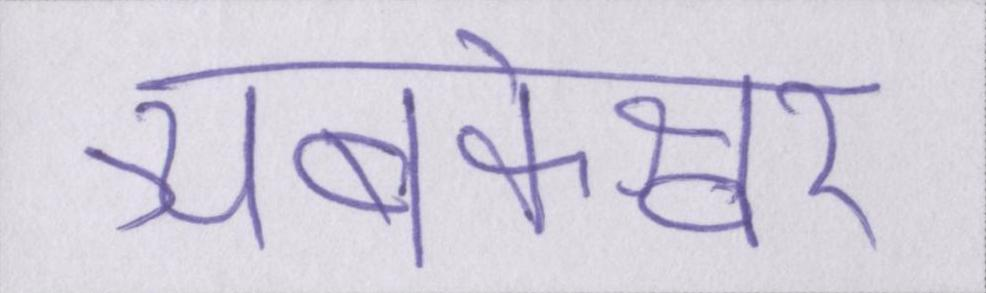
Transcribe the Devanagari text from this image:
त्र्यंबकेश्वर